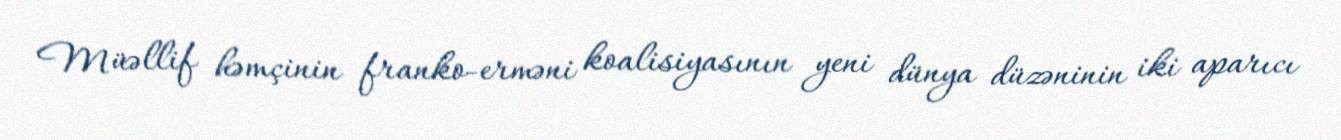
Müəllif həmçinin franko-erməni koalisiyasının yeni dünya düzəninin iki aparıcı